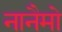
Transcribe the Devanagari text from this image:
नानैमो